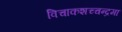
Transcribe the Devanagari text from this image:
विचाकशच्चन्द्रमा